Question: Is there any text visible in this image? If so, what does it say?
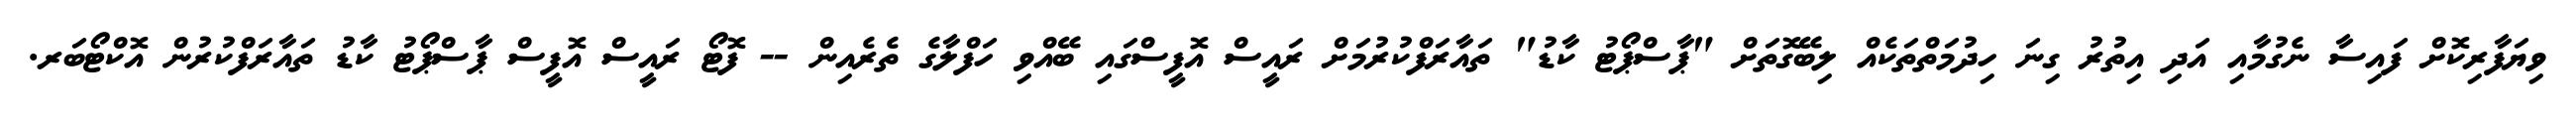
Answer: ވިޔަފާރިކޮށް ފައިސާ ނެގުމާއި އަދި އިތުރު ގިނަ ހިދުމަތްތަކެއް ލިބޭގޮތަށް "ޕާސްޕޯޓު ކާޑު" ތައާރަފްކުރުމަށް ރައީސް އޮފީސްގައި ބޭއްވި ހަފްލާގެ ތެރެއިން -- ފޮޓޯ ރައީސް އޮފީސް ޕާސްޕޯޓު ކާޑު ތައާރަފްކުރުން އޮކްޓޯބަރ.